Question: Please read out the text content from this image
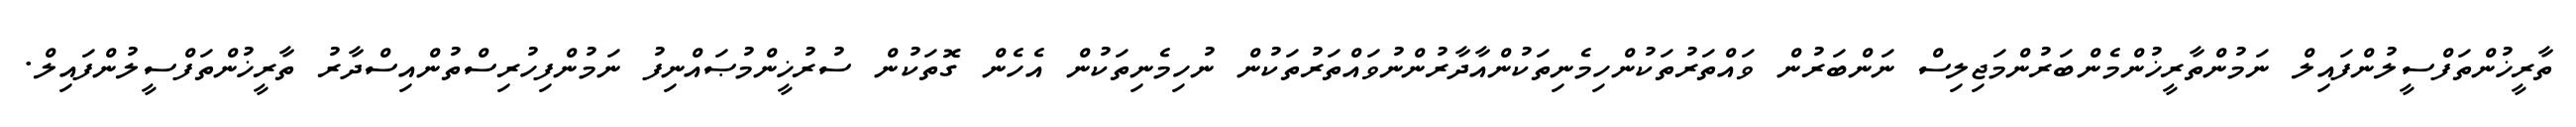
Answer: ތާރީޚުންތަފްސީލުންފައިލް ނަމުންތާރީޚުންމެންބަރުންމަޖިލިސް ނަންބަރުން ވައްތަރުތަކުންހިމެނިތަކުންއާދާރުންނުވައްތަރުތަކުން ނުހިމެނިތަކުން އެހެން ގޮތަކުން ސުރުޚީންމުޞައްނިފު ނަމުންފިހުރިސްތުންއިސްދާރު ތާރީޚުންތަފްސީލުންފައިލް.